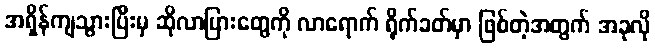
အရှိန်ကျသွားပြီးမှ ဆိုလာပြားတွေကို လာရောက် ရိုက်ခတ်မှာ ဖြစ်တဲ့အတွက် အခုလို